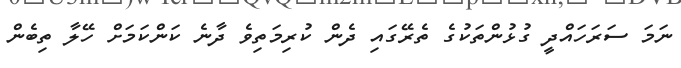
ނަމަ ސަރަހައްދީ ގުޅުންތަކުގެ ތެރޭގައި ދެން ކުރިމަތިވެ ދާނެ ކަންކަމަށް ހޭލާ ތިބެން